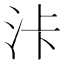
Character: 𣳓